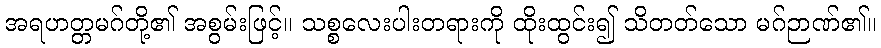
အရဟတ္တမဂ်တို့၏ အစွမ်းဖြင့်။ သစ္စလေးပါးတရားကို ထိုးထွင်း၍ သိတတ်သော မဂ်ဉာဏ်၏။